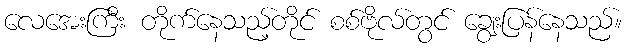
လေအေးကြီး တိုက်နေသည့်တိုင် စစ်ဗိုလ်တွင် ချွေးပြန်နေသည်။